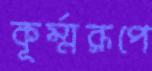
কূর্ম্মরূপে